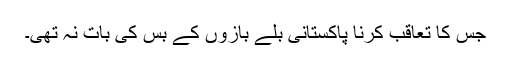
جس کا تعاقب کرنا پاکستانی بلے بازوں کے بس کی بات نہ تھی۔